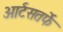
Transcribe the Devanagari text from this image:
आर्टसतर्फे